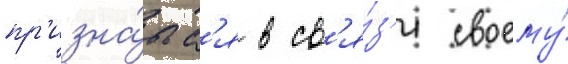
пр'изна́тьс'я в св'я́з'и своему́